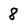
Character: 8